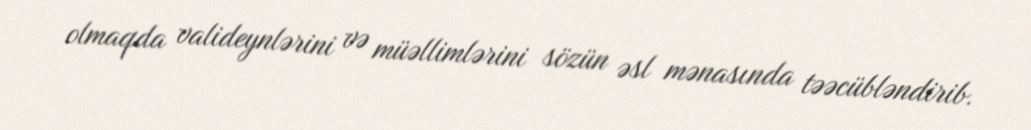
olmaqda valideynlərini və müəllimlərini sözün əsl mənasında təəcübləndirib.